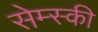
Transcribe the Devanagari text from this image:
सेम्स्की